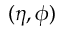
( \eta , \phi )